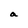
Character: a